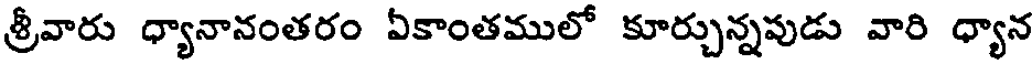
శ్రీవారు ధ్యానానంతరం ఏకాంతములో కూర్చున్నపుడు వారి ధ్యాన